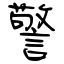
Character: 警